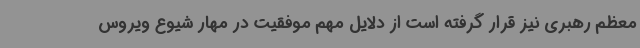
معظم رهبری نیز قرار گرفته است از دلایل مهم موفقیت در مهار شیوع ویروس